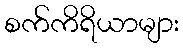
စက်ကိရိယာများ